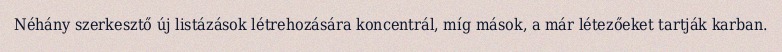
Néhány szerkesztő új listázások létrehozására koncentrál, míg mások, a már létezőeket tartják karban.